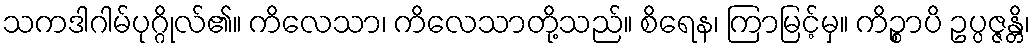
သကဒါဂါမ်ပုဂ္ဂိုလ်၏။ ကိလေသာ၊ ကိလေသာတို့သည်။ စိရေန၊ ကြာမြင့်မှ။ ကိဉ္စာပိ ဥပ္ပဇ္ဇန္တိ၊